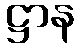
ဋ္ဌာန